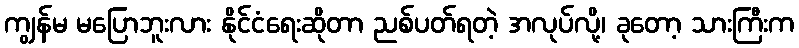
ကျွန်မ မပြောဘူးလား နိုင်ငံရေးဆိုတာ ညစ်ပတ်ရတဲ့ အလုပ်လို့၊ ခုတော့ သားကြီးက